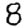
Digit: 8